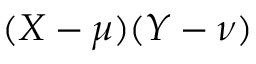
( X - \mu ) ( Y - \nu )